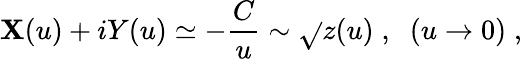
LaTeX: \mathbf{X}(u)+iY(u)\simeq-\frac{{C}}{{u}}\sim\sqrt{}{{z(u)}}\; ,\; \; (u\rightarrow0)\; ,